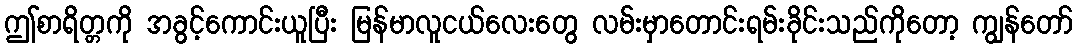
ဤစာရိတ္တကို အခွင့်ကောင်းယူပြီး မြန်မာလူငယ်လေးတွေ လမ်းမှာတောင်းရမ်းခိုင်းသည်ကိုတော့ ကျွန်တော်